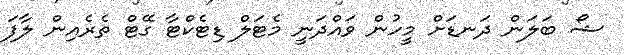
ޝޯ ބަލަން ދަނޑަށް މީހުން ވައްދަނީ މެޓަލް ޑިޓެކްޓާ ގޭޓް ތެެރެއިން ލާފަ